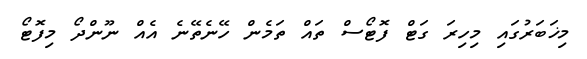
މިޚަބަރުގައި މިހިރަ ގަޓް ފޮޓޯސް ތައް ތަމެން ހޭނެތޭނެ އެއް ނޫންދޯ މިފޮޓޯ